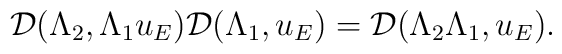
\mathcal{D}({\Lambda}_2, {\Lambda}_1 u_E) \mathcal{D}({\Lambda}_1, u_E) = \mathcal{D}({\Lambda}_2 {\Lambda}_1, u_E).